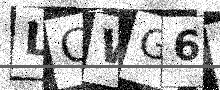
Text: LCWG6U